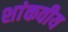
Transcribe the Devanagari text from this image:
शांकवीय